Civil Veterinary Dept. Bombay admin report 1914-1922 - 1914-1922
Year: 1914
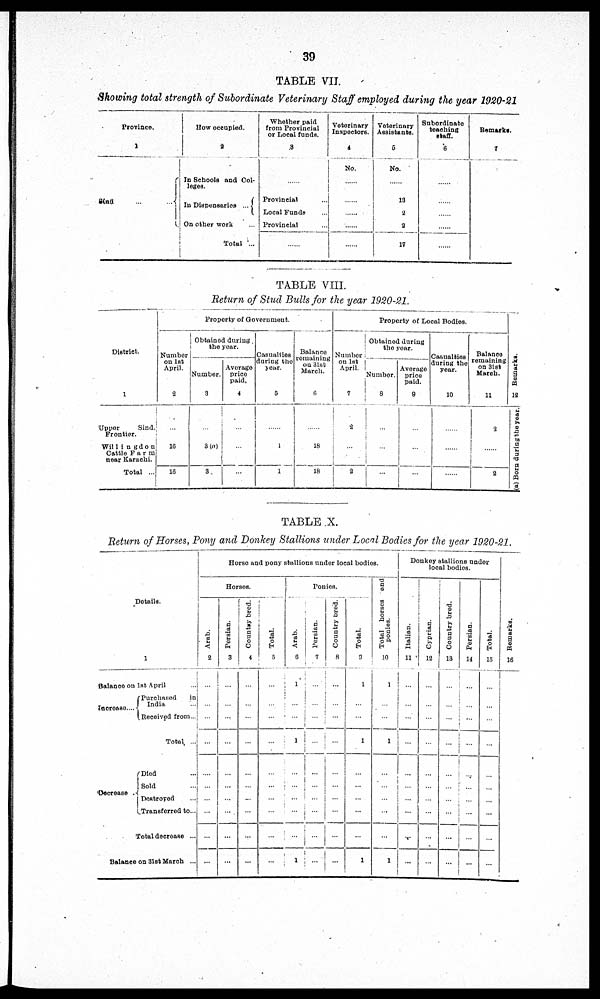
39
TABLE VII.
Showing total strength of Subordinate Veterinary Staff employed during the year 1920-21
Province.
1
Sind ... ...
How occupied.
2
In Schools and Col-
legos.
In Dispensaries ...
On other work ...
Total ...
Whether paid
from Provincial
or Local funds.
3
......
Provincial ...
Local Funde ...
Provincial ..
......
Veterinary
Inspectors.
4
No.
.....
.....
..... .....
......
......
Veterinary
Assistants.
5
No.
......
13
2
2
17
Subordinate
teaching
staff.
6
......
......
......
......
......
Remarks.
7
TABLE VIII.
Return of Stud Bulls for the year 1920-21.
District.
1
Upper
Sind
Frontier.
Willingdon
Cattle Farm
near Karachi.
Total ...
Property of Government.
Number
on 1st
April.
2
...
16
16
Obtained during.
the year.
Number.
3
...
3 (a)
3
Average
price
paid.
4
...
Casualties
during the
year.
5
...
1
1
Balance
remaining
on 31st
March.
6
...
18
18
Property of Local Bodies.
Number
on 1st
April.
7
2
....
3
Obtained during
the year.
Number.
8
...
...
...
Average
price
paid.
9
......
...
...
Casualties
during the
year.
10
......
......
......
Balance
remaining
on 3lst
March.
11
2
......
2
Remarks.
13
Born during the year.
TABLE X.
Return of Horses, Pony and Donkey Stallions under Local Bodies for the year 1920-21,
Details.
1
Balance on 1st April ...
Increase ....
Purchased
in
India ...
Received from ...
Total ...
Decrease
Died ...
Sold ...
Destroyed ...
Transferred to...
Total decrease ...
Balance on 31st March ...
Horse and pony stallions under local bodies.
Horses.
Arab.
2
...
...
...
...
...
...
...
...
...
Persian.
3
...
...
...
...
...
...
...
...
...
Country bred.
4
...
...
...
...
...
...
...
...
...
Total.
5
...
...
...
....
...
...
...
...
...
Ponies.
Arab.
6
1
...
...
1
...
...
...
...
...
1
Persian.
7
...
...
...
...
...
...
...
...
...
Country bred.
8
...
...
...
...
...
......
...
...
...
...
Total.
9
1
...
...
1
...
...
...
...
...
1
Total horses end
ponies.
10
1
...
...
1
...
...
...
...
...
1
Donkey stallio
local bod
ns under
ies.
I t al i an.
11
...
...
...
...
..
...
...
...
Cypr i
an.
12
...
...
...
...
...
...
...
...
...
Count r
y br ed.
13
... ...
... ...
... ...
... ...
... ...
... ...
... ...
... ...
... ...
... ...
Per s i
an.
14
Tot al .
15
...
...
...
...
...
...
...
...
...
...
...
Re ma r
ks .
16